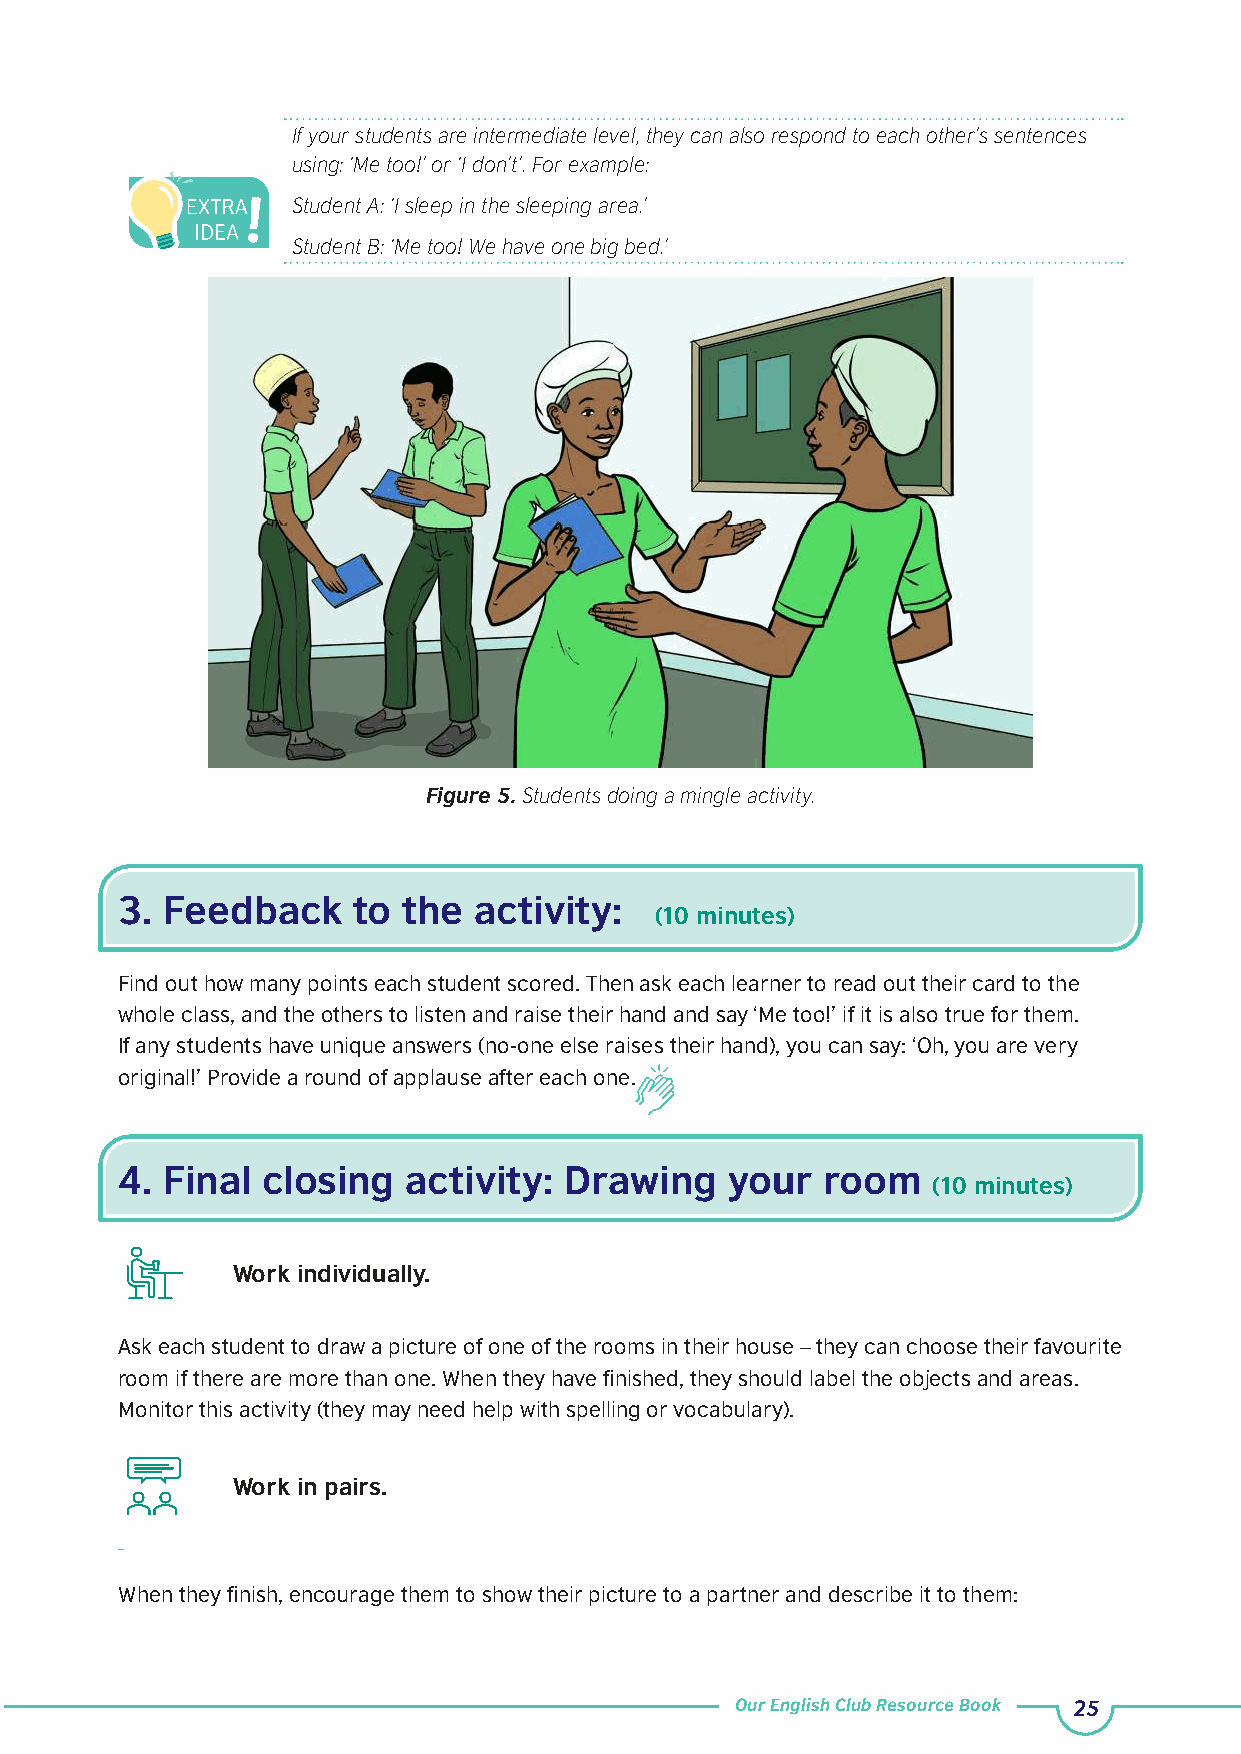
If your students are intermediate level, they can also respond to each other’s sentences
 using: ‘Me too!’ or ‘I don’t’. For example:
 Student A: ‘I sleep in the sleeping area.’
 Student B: ‘Me too! We have one big bed.’
 Figure 5. Students doing a mingle activity.
 3. Feedback    to  the activity:
 (10 minutes)
 Find out how many points each student scored. Then ask each learner to read out their card to the
 whole class, and the others to listen and raise their hand and say ‘Me too!’ if it is also true for them.
 If any students have unique answers (no-one else raises their hand), you can say: ‘Oh, you are very
 original!’ Provide a round of applause after each one.
 4. Final closing   activity: Drawing    your  room
 (10 minutes)
 Work individually.
 Ask each student to draw a picture of one of the rooms in their house – they can choose their favourite
 room if there are more than one. When they have finished, they should label the objects and areas.
 Monitor this activity (they may need help with spelling or vocabulary).
 Work in pairs.
 When they finish, encourage them to show their picture to a partner and describe it to them:
 Our English Club Resource Book 25